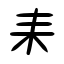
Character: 耒